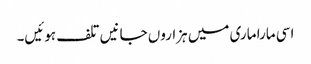
اسی مارا ماری میں ہزاروں جانیں تلف ہوئیں۔